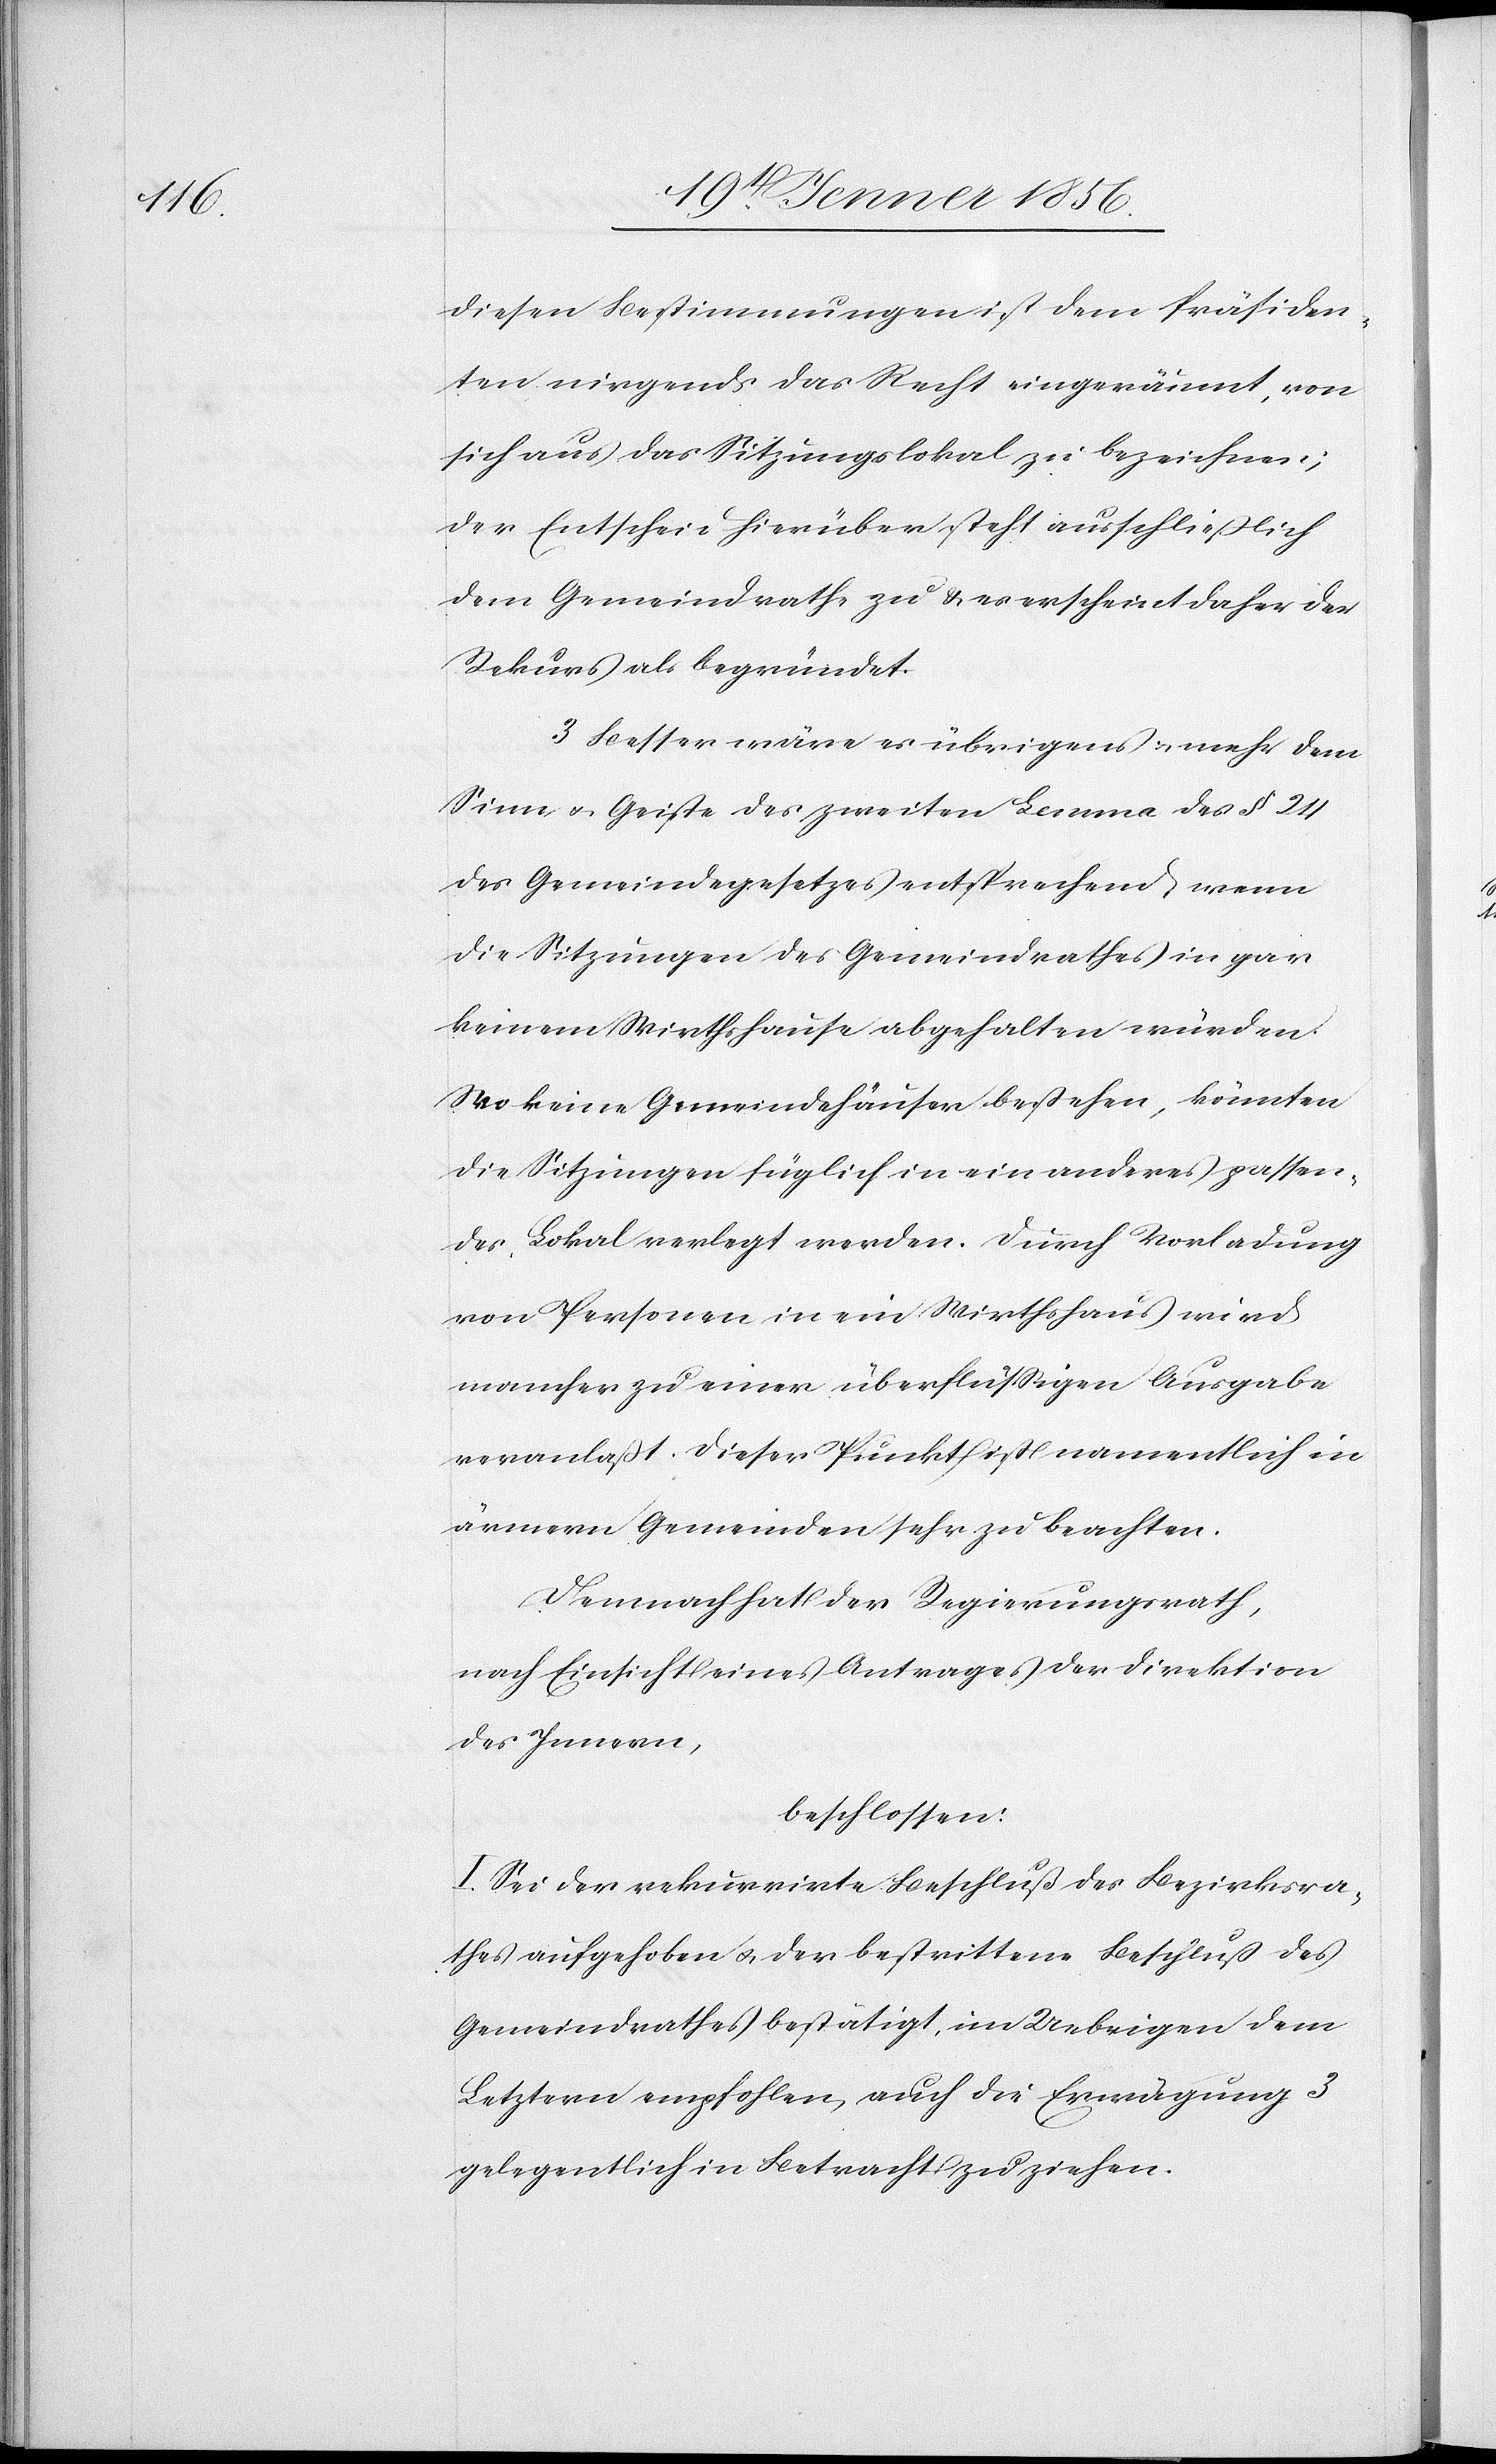
diesen Bestimmungen ist dem Präsiden¬
ten nirgends das Recht eingeräumt, von
sich aus das Sitzungslokal zu bezeichnen;
der Entscheid hierüber steht ausschließlich
dem Gemeindrathe zu u. es erscheint daher der
Rekurs als begründet.
3 Besser wäre es übrigens u. mehr dem
Sinn u. Geiste des zweiten Lemma des § 24
des Gemeindegesetzes entsprechend, wenn
die Sitzungen des Gemeindrathes in gar
keinem Wirthshause abgehalten würden.
Wo keine Gemeindehäuser bestehen, könnten
die Sitzungen füglich in ein anderes passen¬
des Lokal verlegt werden. Durch Vorladung
von Personen in ein Wirthshaus wird
mancher zu einer überflüssigen Ausgabe
veranlaßt. Dieser Punkt ist namentlich in
ärmern Gemeinden sehr zu beachten.
Demnach hat der Regierungsrath,
nach Einsicht eines Antrages der Direktion
des Innern,
beschlossen:
I. Sei der rekurrirte Beschluß des Bezirksra¬
thes aufgehoben u. der bestrittene Beschluß des
Gemeindrathes bestätigt, im Uebrigen dem
Letztern empfohlen, auch die Erwägung 3
gelegentlich in Betracht zu ziehen.